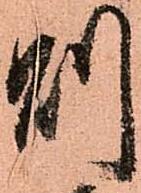
則